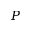
P